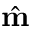
\hat { \mathbf { m } }